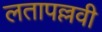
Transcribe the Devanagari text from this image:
लतापल्लवी